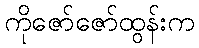
ကိုဇော်ဇော်ထွန်းက